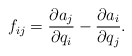
\begin{align*}f_{ij}= \frac{\partial a_j}{\partial q_i} - \frac{\partial a_i} {\partial q_j} .\end{align*}